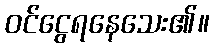
ဝင်ငွေရနေသေး၏။